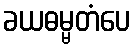
ခယဓမ္မတံပေ